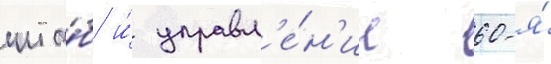
шта́б и́ управл'е́н'ие 60-я́